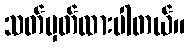
သတ်မှတ်ထားပါတယ်။